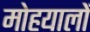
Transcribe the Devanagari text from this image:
मोहयालों